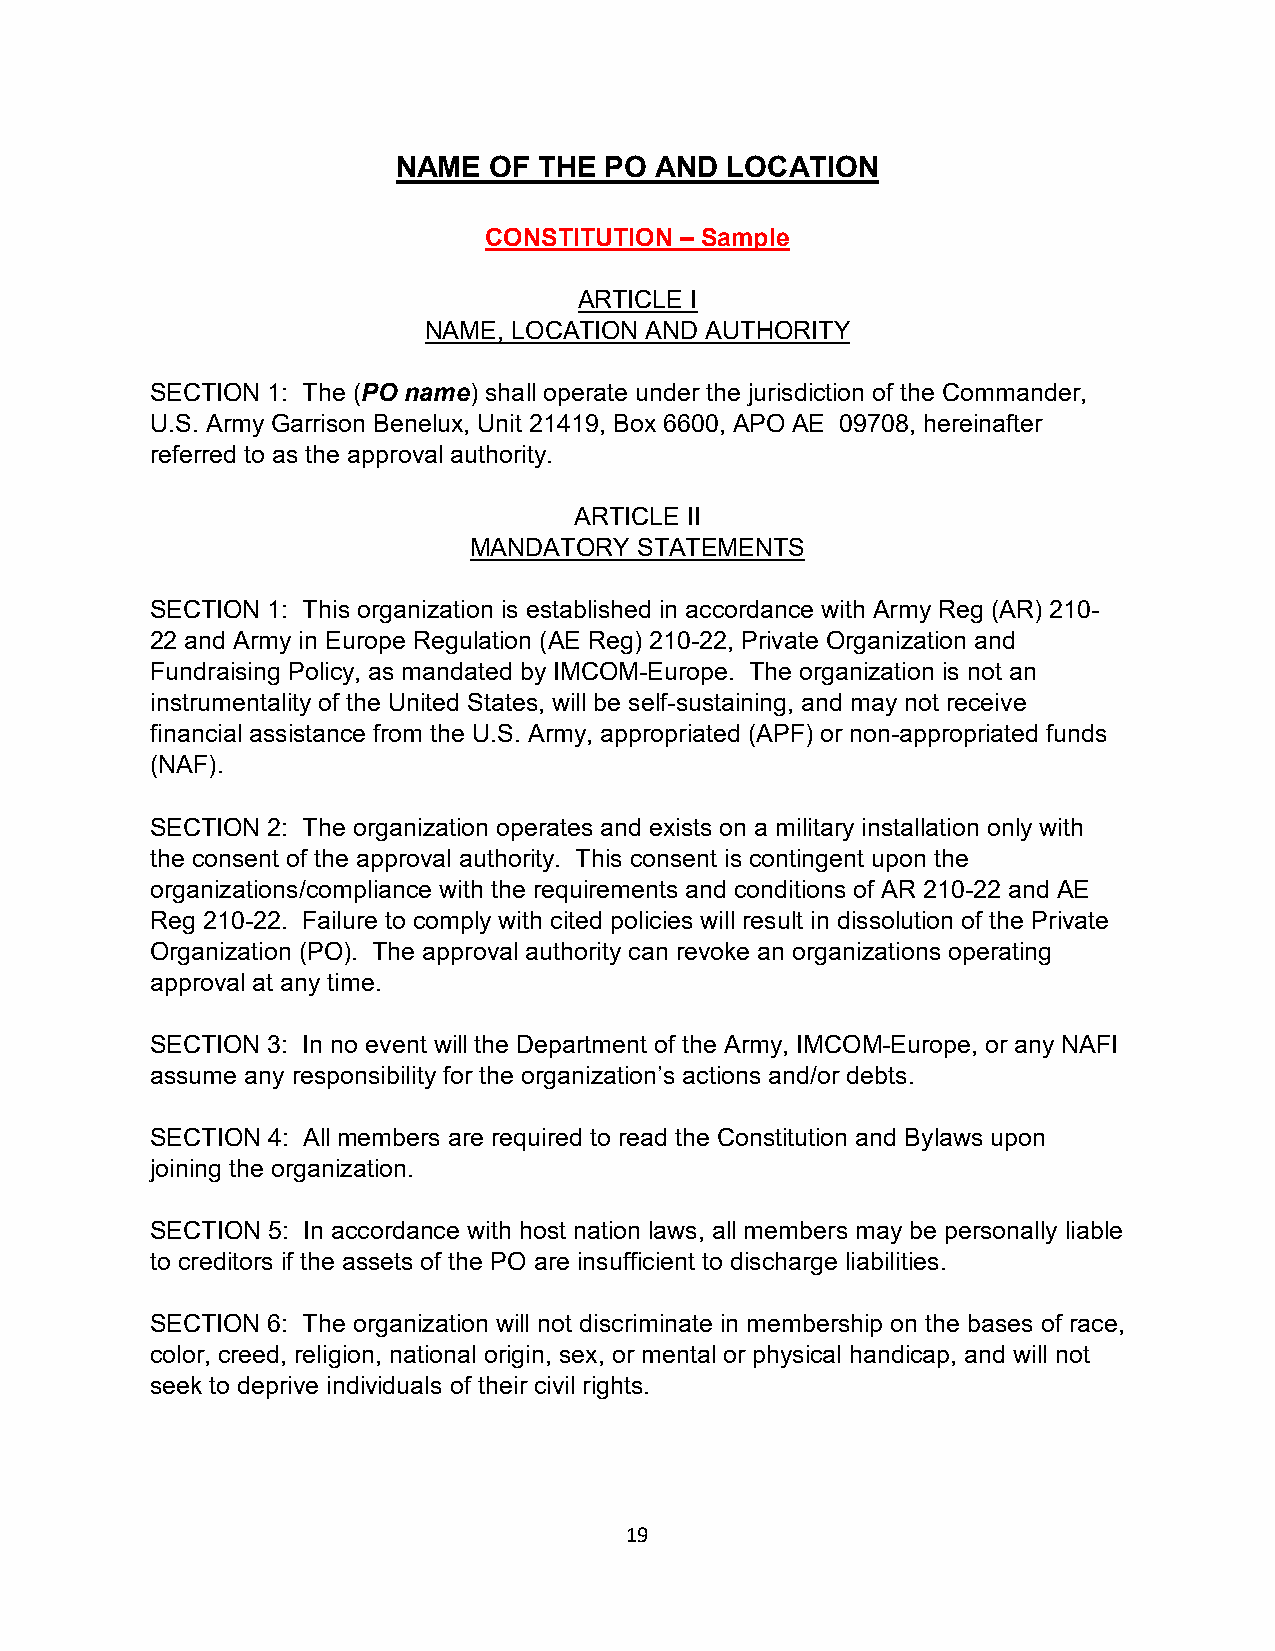
NAME  OF  THE PO AND  LOCATION
 CONSTITUTION – Sample
 ARTICLE I
 NAME, LOCATION AND AUTHORITY
 SECTION 1: The (PO name) shall operate under the jurisdiction of the Commander,
 U.S. Army Garrison Benelux, Unit 21419, Box 6600, APO AE 09708, hereinafter
 referred to as the approval authority.
 ARTICLE II
 MANDATORY  STATEMENTS
 SECTION 1: This organization is established in accordance with Army Reg (AR) 210-
 22 and Army in Europe Regulation (AE Reg) 210-22, Private Organization and
 Fundraising Policy, as mandated by IMCOM-Europe. The organization is not an
 instrumentality of the United States, will be self-sustaining, and may not receive
 financial assistance from the U.S. Army, appropriated (APF) or non-appropriated funds
 (NAF).
 SECTION 2: The organization operates and exists on a military installation only with
 the consent of the approval authority. This consent is contingent upon the
 organizations/compliance with the requirements and conditions of AR 210-22 and AE
 Reg 210-22. Failure to comply with cited policies will result in dissolution of the Private
 Organization (PO). The approval authority can revoke an organizations operating
 approval at any time.
 SECTION 3: In no event will the Department of the Army, IMCOM-Europe, or any NAFI
 assume any responsibility for the organization’s actions and/or debts.
 SECTION 4: All members are required to read the Constitution and Bylaws upon
 joining the organization.
 SECTION 5: In accordance with host nation laws, all members may be personally liable
 to creditors if the assets of the PO are insufficient to discharge liabilities.
 SECTION 6: The organization will not discriminate in membership on the bases of race,
 color, creed, religion, national origin, sex, or mental or physical handicap, and will not
 seek to deprive individuals of their civil rights.
 19